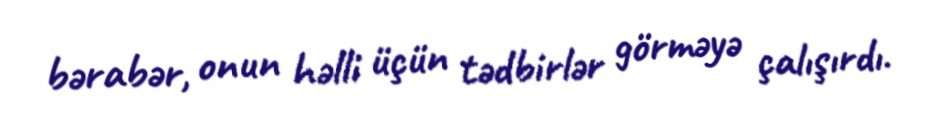
bərabər, onun həlli üçün tədbirlər görməyə çalışırdı.